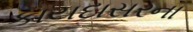
કાયદાસરના